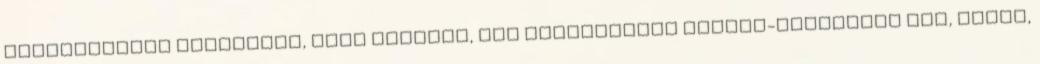
mennyezethez rögzített, vagy önhordó, azt megközelítõ épület-gépészeti víz, fûtés,